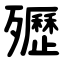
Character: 㱹